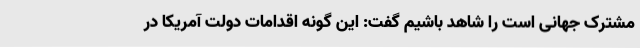
مشترک جهانی است را شاهد باشیم گفت: این گونه اقدامات دولت آمریکا در